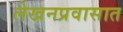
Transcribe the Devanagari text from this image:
लेखनप्रवासात